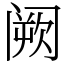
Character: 阙